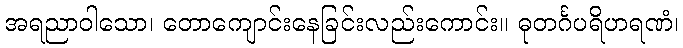
အရညာဝါသော၊ တောကျောင်းနေခြင်းလည်းကောင်း။ ဓုတင်္ဂပရိဟရဏံ၊